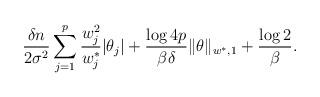
LaTeX: \begin{align*} \frac{\delta n}{2\sigma^2}\sum_{j=1}^p\frac{w_j^2}{w_j^*}|\theta_j|+\frac{\log 4p}{\beta\delta}\|\theta\|_{w^*,1}+\frac{\log 2}{\beta}.\end{align*}